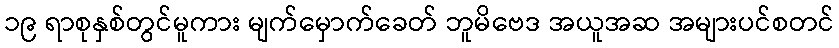
၁၉ ရာစုနှစ်တွင်မူကား မျက်မှောက်ခေတ် ဘူမိဗေဒ အယူအဆ အများပင်စတင်